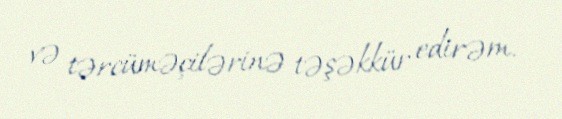
və tərcüməçilərinə təşəkkür edirəm.